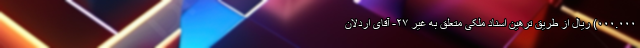
۰۰۰.۰۰۰) ریال از طریق ترهین اسناد ملکی متعلق به غیر ۲۷- آقای اردلان